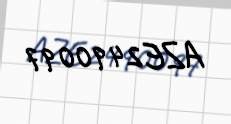
AZE2490097